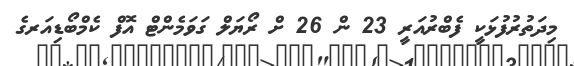
މިދަތުރުފުޅަކީ ފެބްރުއަރީ 23 ން 26 ށް ރޯޔަލް ގަވަމެންޓް އޮފް ކެމްބޯޑިއަރގެ